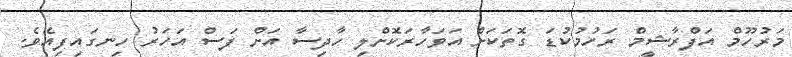
މަރުހޫމް އަފްރާޝީމް ރަހުމުކުޑަ ގޮތަކަށް އަވަހާރަކޮށްލި ހާދިސާ އަށް ފަސް އަހަރު ހިނގައިފިއެވެ.